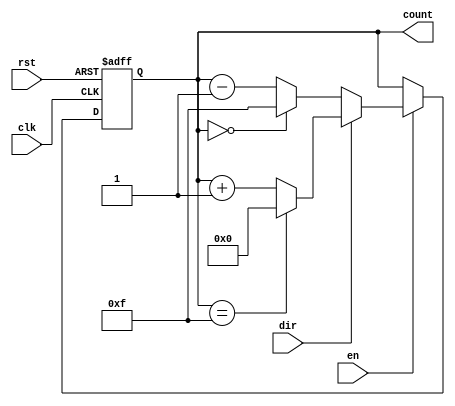
module multi_bit_counter #(
    parameter WIDTH = 4  // Configurable bit-width (default is 4 bits)
)(
    input wire clk,        // Clock signal
    input wire rst,        // Asynchronous reset
    input wire en,         // Enable signal
    input wire dir,        // Direction signal (1 for increment, 0 for decrement)
    output reg [WIDTH-1:0] count // Current count value
);

    // Asynchronous reset and synchronous counting
    always @(posedge clk or posedge rst) begin
        if (rst) begin
            count <= 0; // Reset count to 0
        end else if (en) begin
            if (dir) begin
                // Increment operation with wrap-around
                count <= (count == {WIDTH{1'b1}}) ? 0 : count + 1; // Wrap around to 0
            end else begin
                // Decrement operation with wrap-around
                count <= (count == 0) ? {WIDTH{1'b1}} : count - 1; // Wrap around to max value
            end
        end
    end

endmodule